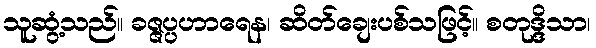
သူဆွံ့သည်။ ခဇ္ဇပ္ပဟာရေန၊ ဆိတ်ချေးပစ်သဖြင့်။ စတုဒ္ဒိသာ၊